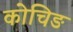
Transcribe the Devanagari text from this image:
कोचिङ